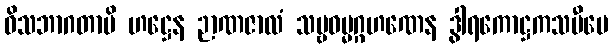
ဝိသဘာဂတာပိ ဟဋ္ဌေန ဉာဏဇာလံ သဗ္ဗဓမ္မဂ္ဂဟဏေန ဒွါရကောဋ္ဌကသမီပေ